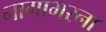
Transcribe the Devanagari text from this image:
नागाभरना